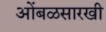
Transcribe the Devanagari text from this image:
आेंबळसारखी